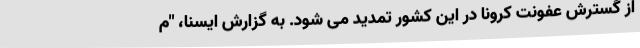
از گسترش عفونت کرونا در این کشور تمدید می شود. به گزارش ایسنا، "م